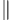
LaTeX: _{\parallel}